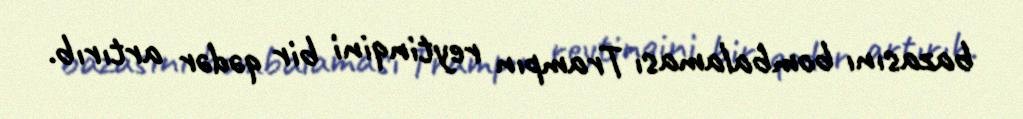
bazasını bombalaması Trampın reytinqini bir qədər artırıb.